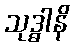
သုဒ္ဓါနိ